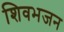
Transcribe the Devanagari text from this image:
शिवभजन